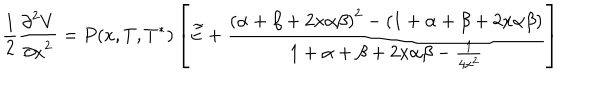
{ { \frac { 1 } { 2 } } { \frac { { \partial } ^ { 2 } V } { { \partial x } ^ { 2 } } } = P ( x , T , T ^ { * } ) \left[ \widetilde { E } + { \frac { { \left( \alpha + \beta + 2 x \alpha \beta \right) } ^ { 2 } - \left( 1 + \alpha + \beta + 2 x \alpha \beta \right) } { 1 + \alpha + \beta + 2 x \alpha \beta - { \frac { 1 } { 4 x ^ { 2 } } } } } \right] }